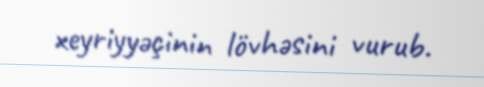
xeyriyyəçinin lövhəsini vurub.